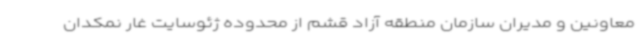
معاونین و مدیران سازمان منطقه آزاد قشم از محدوده ژئوسایت غار نمکدان